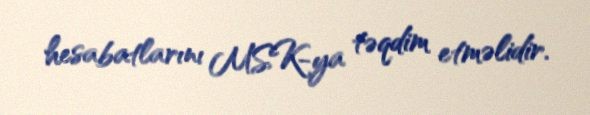
hesabatlarını MSK-ya təqdim etməlidir.